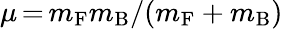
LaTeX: \mu\, {=}\, m_{\mathrm{F}}m_{\mathrm{B}}/(m_{\mathrm{F}}+m_{\mathrm{B}})